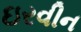
ઇરવીન